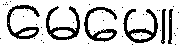
မေမေ။